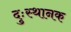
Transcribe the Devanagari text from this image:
दुःस्थानक